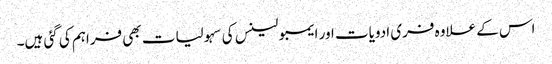
اس کے علاوہ فری ادویات اور ایمبولینس کی سہولیات بھی فراہم کی گئی ہیں۔